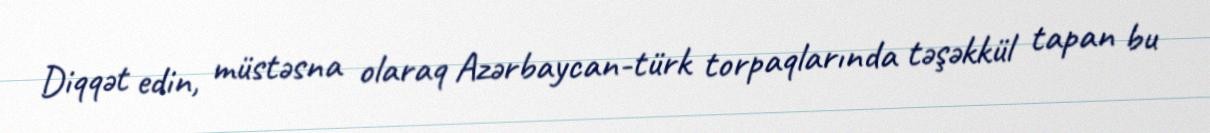
Diqqət edin, müstəsna olaraq Azərbaycan-türk torpaqlarında təşəkkül tapan bu